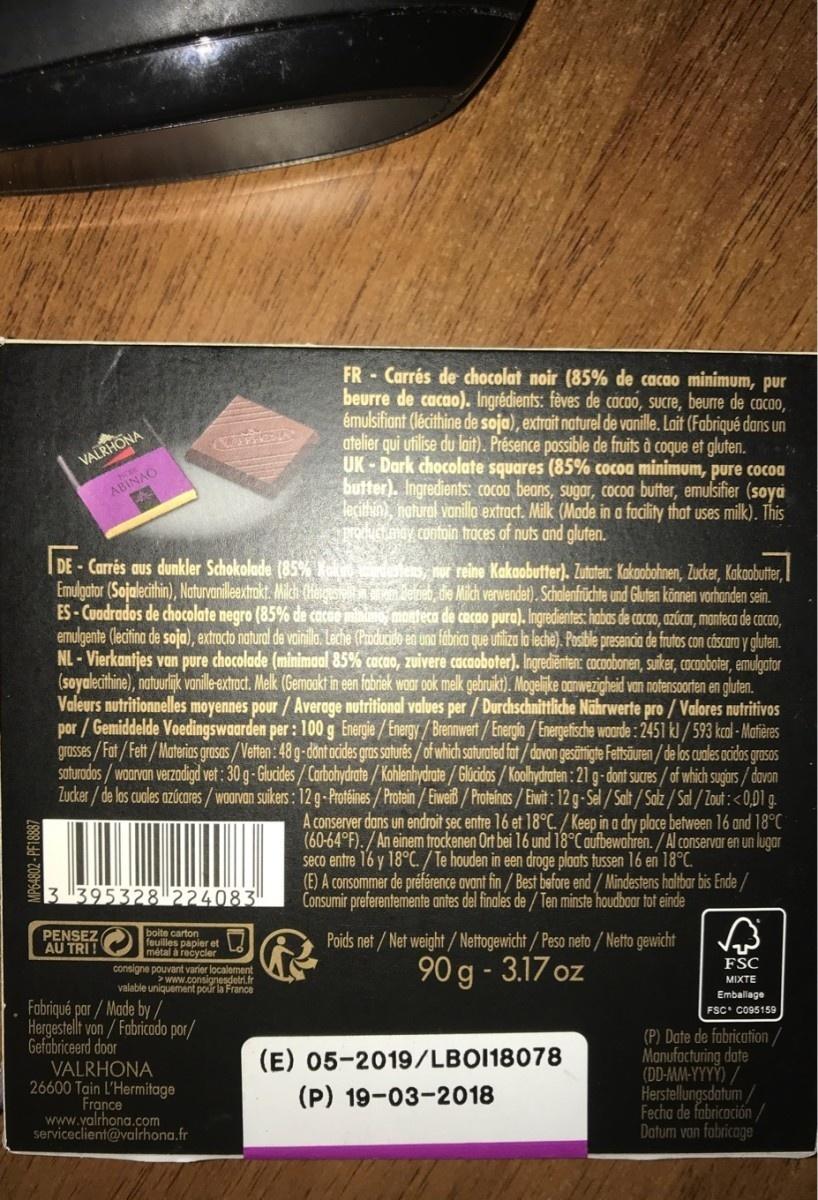
FR - Carrés de chocolat noir (85% de cacao minimum, pur beurre de cacao). Ingrédients: fèves de cácao, sucre, beurre de cacao, émulsifiant (lécithine de soja), extrait naturel de vanille. Lait (Fabriqué dans un atelier qui utilise du lait). Présence possible de fruits à coque et gluten. UK - Dark chocolate squares (85% cocoa minimum, pure cocoa butter). Ingredients: Cocoa beans, sugar, cocoa butter, emulsifier (soya lecithin), natural vanillo extract. Milk (Mode in a facility that uses milk). This TOUG may contoin traces of nuts and gluten.
VALRHONA
ABINAO
| DE - Carrés aus dunkler Schokolade (85% lales, nur reine Kakaobutter). Zututen: Kakobohnen, Zucker, Kakaobutter, Emulgator (Sojalecithin), Naturvanilleextrakt. Milch (Hegesiolt n arenm derieb, die Milch verwendet). Schalenfrüchte und Gluten können vorhanden sein. ES-Cuadrados de chocolate negro (85% de cacae mini monteca de cacao pura). Ingredientes: habas de cacao, azúcor, monteca de cacao, emulgente (lecifina de soja), extrocto natural de vainila. Leche (Producido en una fábrico que utiliza la lechè). Posible presencia de frutos con cáscara y gluten. NL - Vierkantjes van pure chocolade (minimaal 85% cacao, zuivere cacaoboter). Ingrediënten: cacoobonen, suiker, cocoboter, emulgator (soyalecithine), naturlijk vanilleextract. Melk (Gemoakt in een fabriek waar ook melk gebruikt). Mogelijke oanwezigheid van notensoorten en gluten. Valeurs nutritionnelles moyennes pour/Average nutritional values per/ Durchschnittliche Nährwerte pro / Valores nutritivos por / Gemiddelde Voedingswaarden per : 100 g Energie / Energy/Brennwert/Energio / Energetische woorde : 2451/593 kal - Matières grasses / Fat/Fett/ Materias grasas / Vetten : 48 g-dönt acides gras saturés /of which saturated fat/davon gesättigte Fettsäuren / de los cuales acidos grasos saturados/ woarvan verzadigd vet: 30 g-Glucides/Carbohydrate/Kohlenhydrate/ Glúcidos / Koolhydraten : 21 g-dont sucres/of which sugars / davon Zucker/de los cuales azúcares/woarvan suikers: 12 g-Protéines/Protein/Eiweiß/ Proteinas/Eiwit: 12 g-Sel / Salt / Salz / Sal / Zout :<0,01 g. A conserver dans un endroit sec entre 16 et 18°C. / Keep in a dry place between 16 and 18°C (60-64°F). / An einem trockenen Ort bei 16 und 18°C aufbewahren. / Al conservar en un lugar
seco entre 16 y 18°C./ Te houden in een droge plaats tussen 16 en 18°C.
(E) A consommer de préférence avant fin / Best before end / Mindestens halitbar bis Ende /
3 395328 224083
Consumir preferentemente antes del finales de / Ten minste houdbaar tot einde
boite carton feuilles p métal a er et consigne pouvant varier localement www.consignesdetri.fr valable uniquement pour la France
PENSEZ AU TRI !
Poids net/ Net weight/ Nettogewicht/Peso neto/ Netto gewicht
90 g - 3.17 oz
FSC
MIXTE
Emballage
Fobriqué par/Made by/ Hergestellt von/ Fabricado por/ Gefabriceerd door VALRHONA 26600 Tain L'Hermitage France www.yalrhona.com serviceclient@valrhona.fr
FSC C095159
(P) Date de fabrication/ Manufacturing date (DD-MM-YYYY) / Herstellungsdatum / Fecha de fabricoción/ Datum van fabricage
(E) 05-2019/LBO118078
(P) 19-03-2018